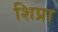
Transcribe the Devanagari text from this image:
शिप्रा